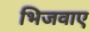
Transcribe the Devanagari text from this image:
भिजवाए